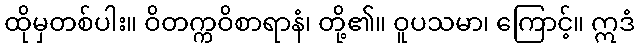
ထိုမှတစ်ပါး။ ဝိတက္ကဝိစာရာနံ၊ တို့၏။ ဝူပသမာ၊ ကြောင့်။ ဣဒံ